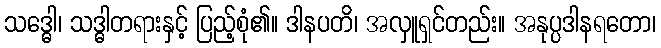
သဒ္ဓေါ၊ သဒ္ဓါတရားနှင့် ပြည့်စုံ၏။ ဒါနပတိ၊ အလှူရှင်တည်း။ အနုပ္ပဒါနရတော၊